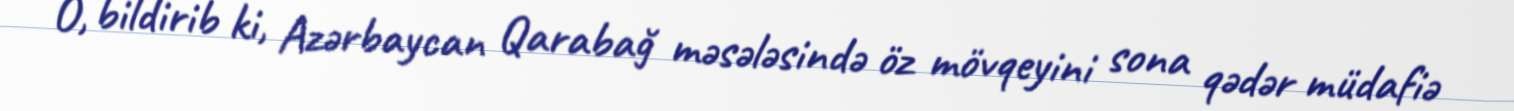
O, bildirib ki, Azərbaycan Qarabağ məsələsində öz mövqeyini sona qədər müdafiə